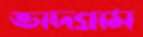
ভাদগ্রাম